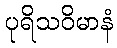
ပုရိသဝိမာနံ